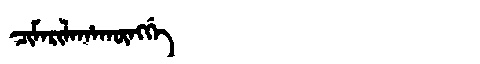
Manchu: ᠴᡳᠮᠠᡵᡳᠯᠠᡥᠠᡴᡡᠩᡤᡝ
Romanization: CIMARILAHAKŪNGGE